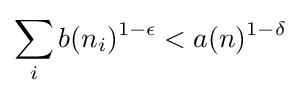
\sum _{i}b(n_{i})^{1-\epsilon }<a(n)^{1-\delta }